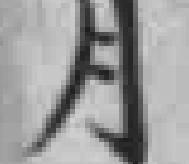
月